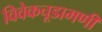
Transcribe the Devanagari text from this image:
विवेकचूडामणी